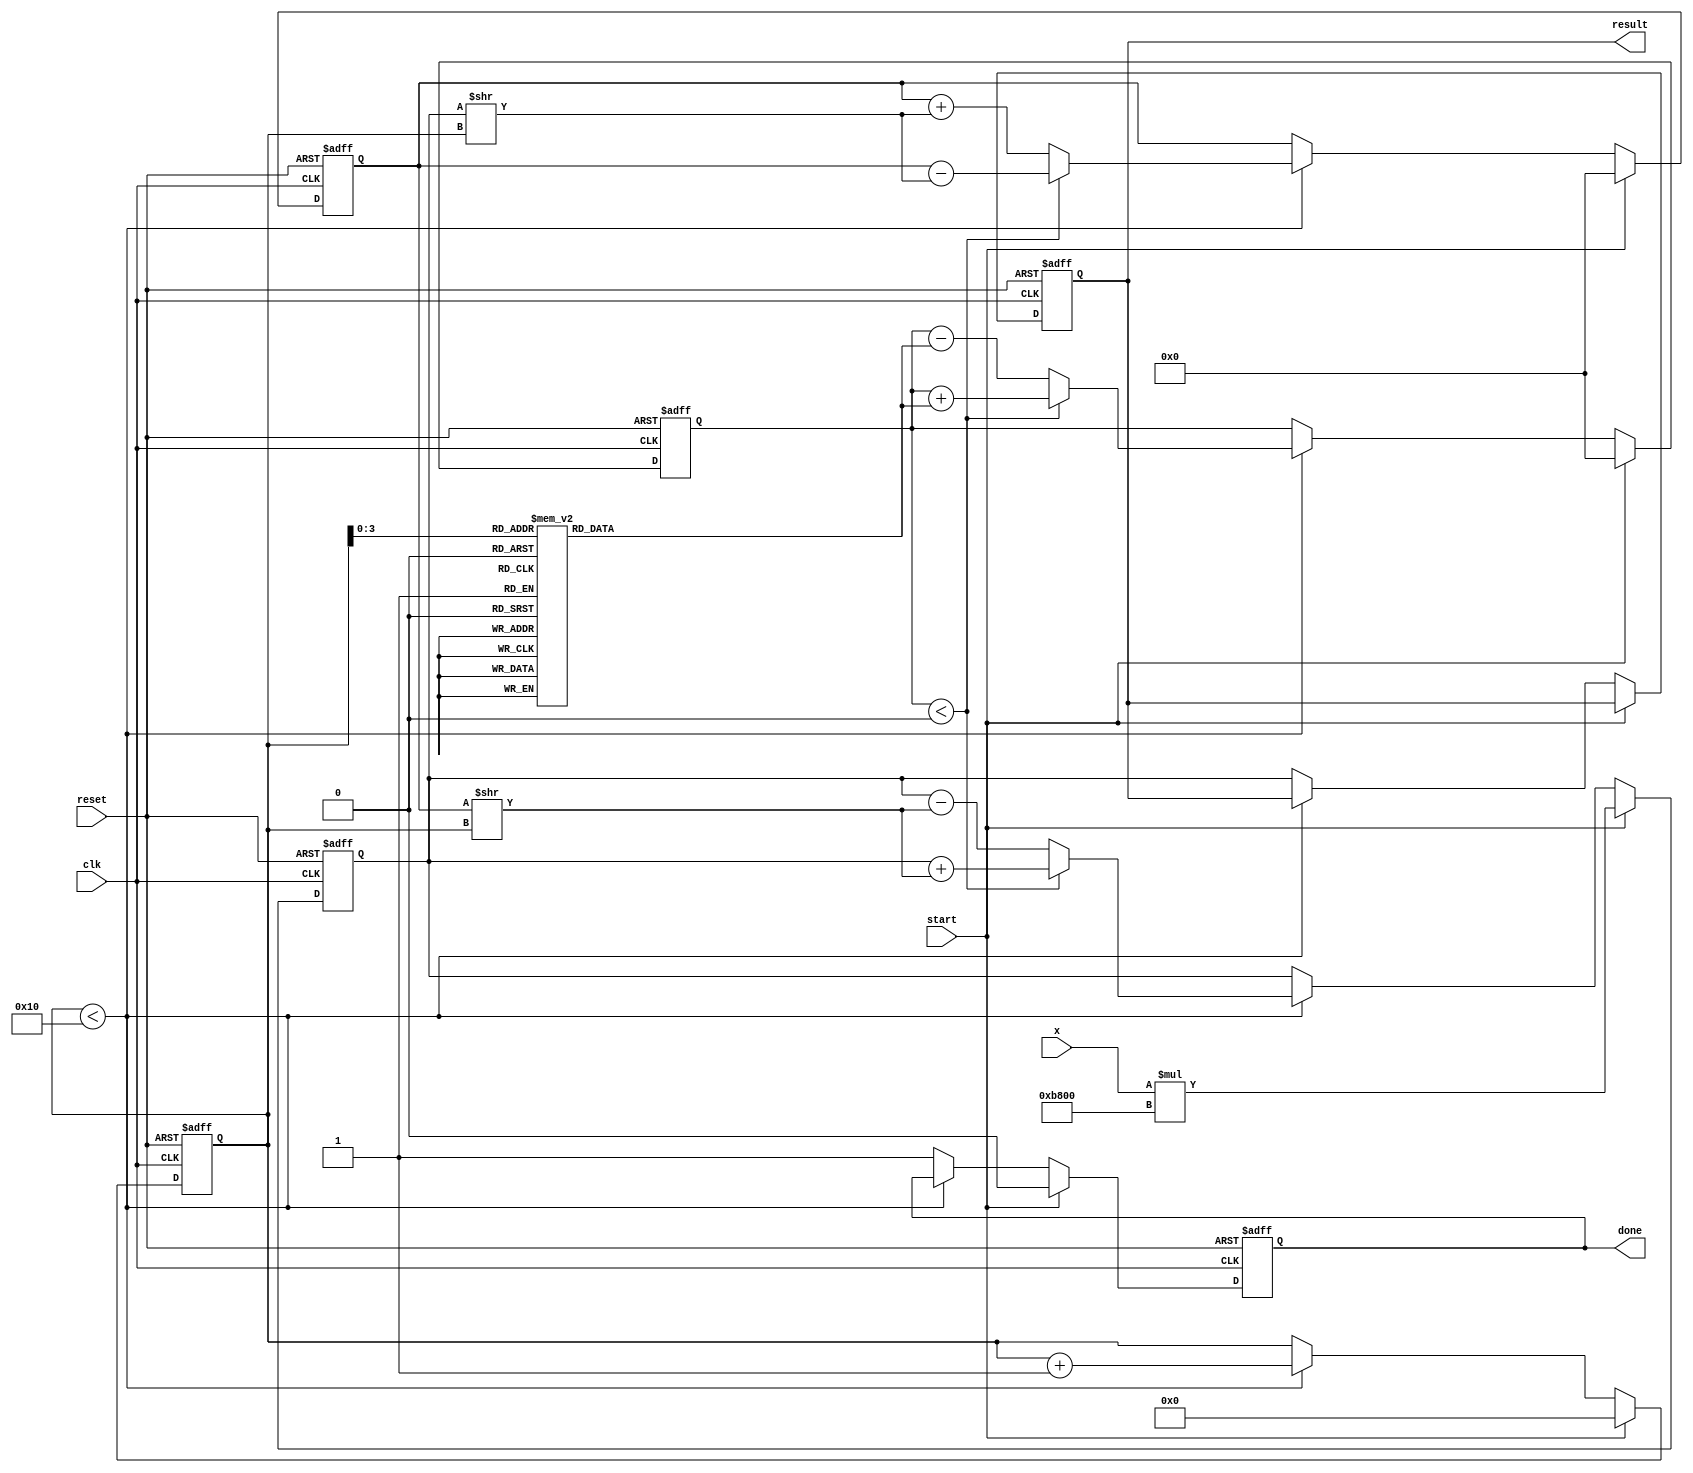
module cordic_exponential #(
    parameter WIDTH = 16,             // Bit-width of input/output
    parameter ITERATIONS = 16         // Number of iterations for CORDIC
) (
    input wire clk,
    input wire reset,
    input wire start,
    input wire [WIDTH-1:0] x,        // Input value (fixed-point representation)
    output reg [WIDTH-1:0] result,   // Output value (e^x)
    output reg done                   // Done flag
);

// Constants
localparam [WIDTH-1:0] SCALE_FACTOR = 16'hB800; // 1/sqrt(2) approx (adjust as per design)

// Angle table (atan(2^(-i)) for i = 0 to ITERATIONS-1)
reg [WIDTH-1:0] angle_table [0:ITERATIONS-1];
initial begin
    angle_table[0] = 16'h0000; // atan(1) = 0
    angle_table[1] = 16'h2000; // atan(0.5)
    angle_table[2] = 16'h1000; // atan(0.25)
    angle_table[3] = 16'h0800; // atan(0.125)
    // Add more values as needed
end

// Internal registers
reg [WIDTH-1:0] x_reg;
reg [WIDTH-1:0] y_reg;
reg [WIDTH-1:0] z_reg;
reg [4:0] iteration_count; // 5 bits to count iterations (up to 31)

// Control Unit
always @(posedge clk or posedge reset) begin
    if (reset) begin
        iteration_count <= 0;
        done <= 0;
        result <= 0;
        x_reg <= 0;
        y_reg <= 0;
        z_reg <= 0;
    end else if (start) begin
        // Initialize values
        x_reg <= x * SCALE_FACTOR; // Scale input for better convergence
        y_reg <= 0;
        z_reg <= 0;

        iteration_count <= 0;
        done <= 0;
    end else if (iteration_count < ITERATIONS) begin
        // CORDIC Rotations
        if (z_reg < 0) begin
            x_reg <= x_reg + (y_reg >> iteration_count);
            y_reg <= y_reg - (x_reg >> iteration_count);
            z_reg <= z_reg + angle_table[iteration_count];
        end else begin
            x_reg <= x_reg - (y_reg >> iteration_count);
            y_reg <= y_reg + (x_reg >> iteration_count);
            z_reg <= z_reg - angle_table[iteration_count];
        end
        
        iteration_count <= iteration_count + 1;
    end else begin
        // Final scaling and output assignment
        result <= x_reg; // e^x = x_reg after all iterations
        done <= 1;
    end
end

endmodule